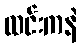
ထင်းကနဲ